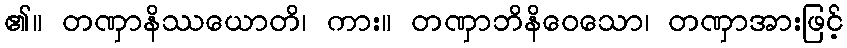
၏။ တဏှာနိဿယောတိ၊ ကား။ တဏှာဘိနိဝေသော၊ တဏှာအားဖြင့်